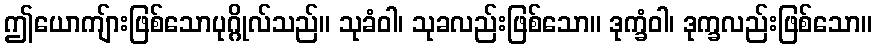
ဤယောကျ်ားဖြစ်သောပုဂ္ဂိုလ်သည်။ သုခံဝါ၊ သုခလည်းဖြစ်သော။ ဒုက္ခံဝါ၊ ဒုက္ခလည်းဖြစ်သော။